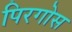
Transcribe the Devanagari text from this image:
पिरगोस